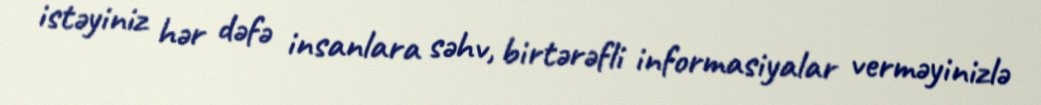
istəyiniz hər dəfə insanlara səhv, birtərəfli informasiyalar verməyinizlə